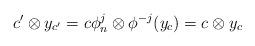
LaTeX: \begin{align*} c' \otimes y_{c'} = c \phi_n^j \otimes \phi^{-j}(y_{c}) = c \otimes y_c \end{align*}